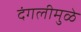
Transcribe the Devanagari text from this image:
दंगलीमुळे